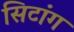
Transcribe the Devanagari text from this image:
सिटांग